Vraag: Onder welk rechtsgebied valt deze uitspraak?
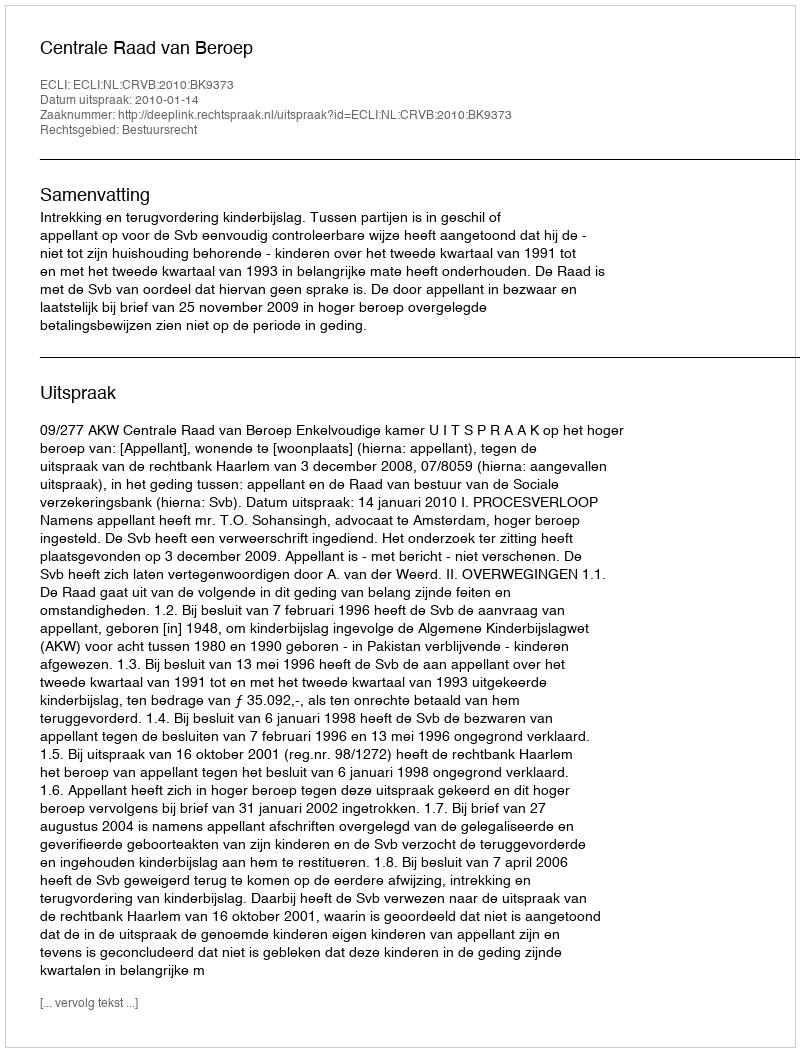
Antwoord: Bestuursrecht